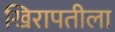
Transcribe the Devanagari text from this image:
खिरापतीला